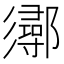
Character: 𨟈